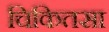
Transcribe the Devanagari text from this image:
चिकितसा